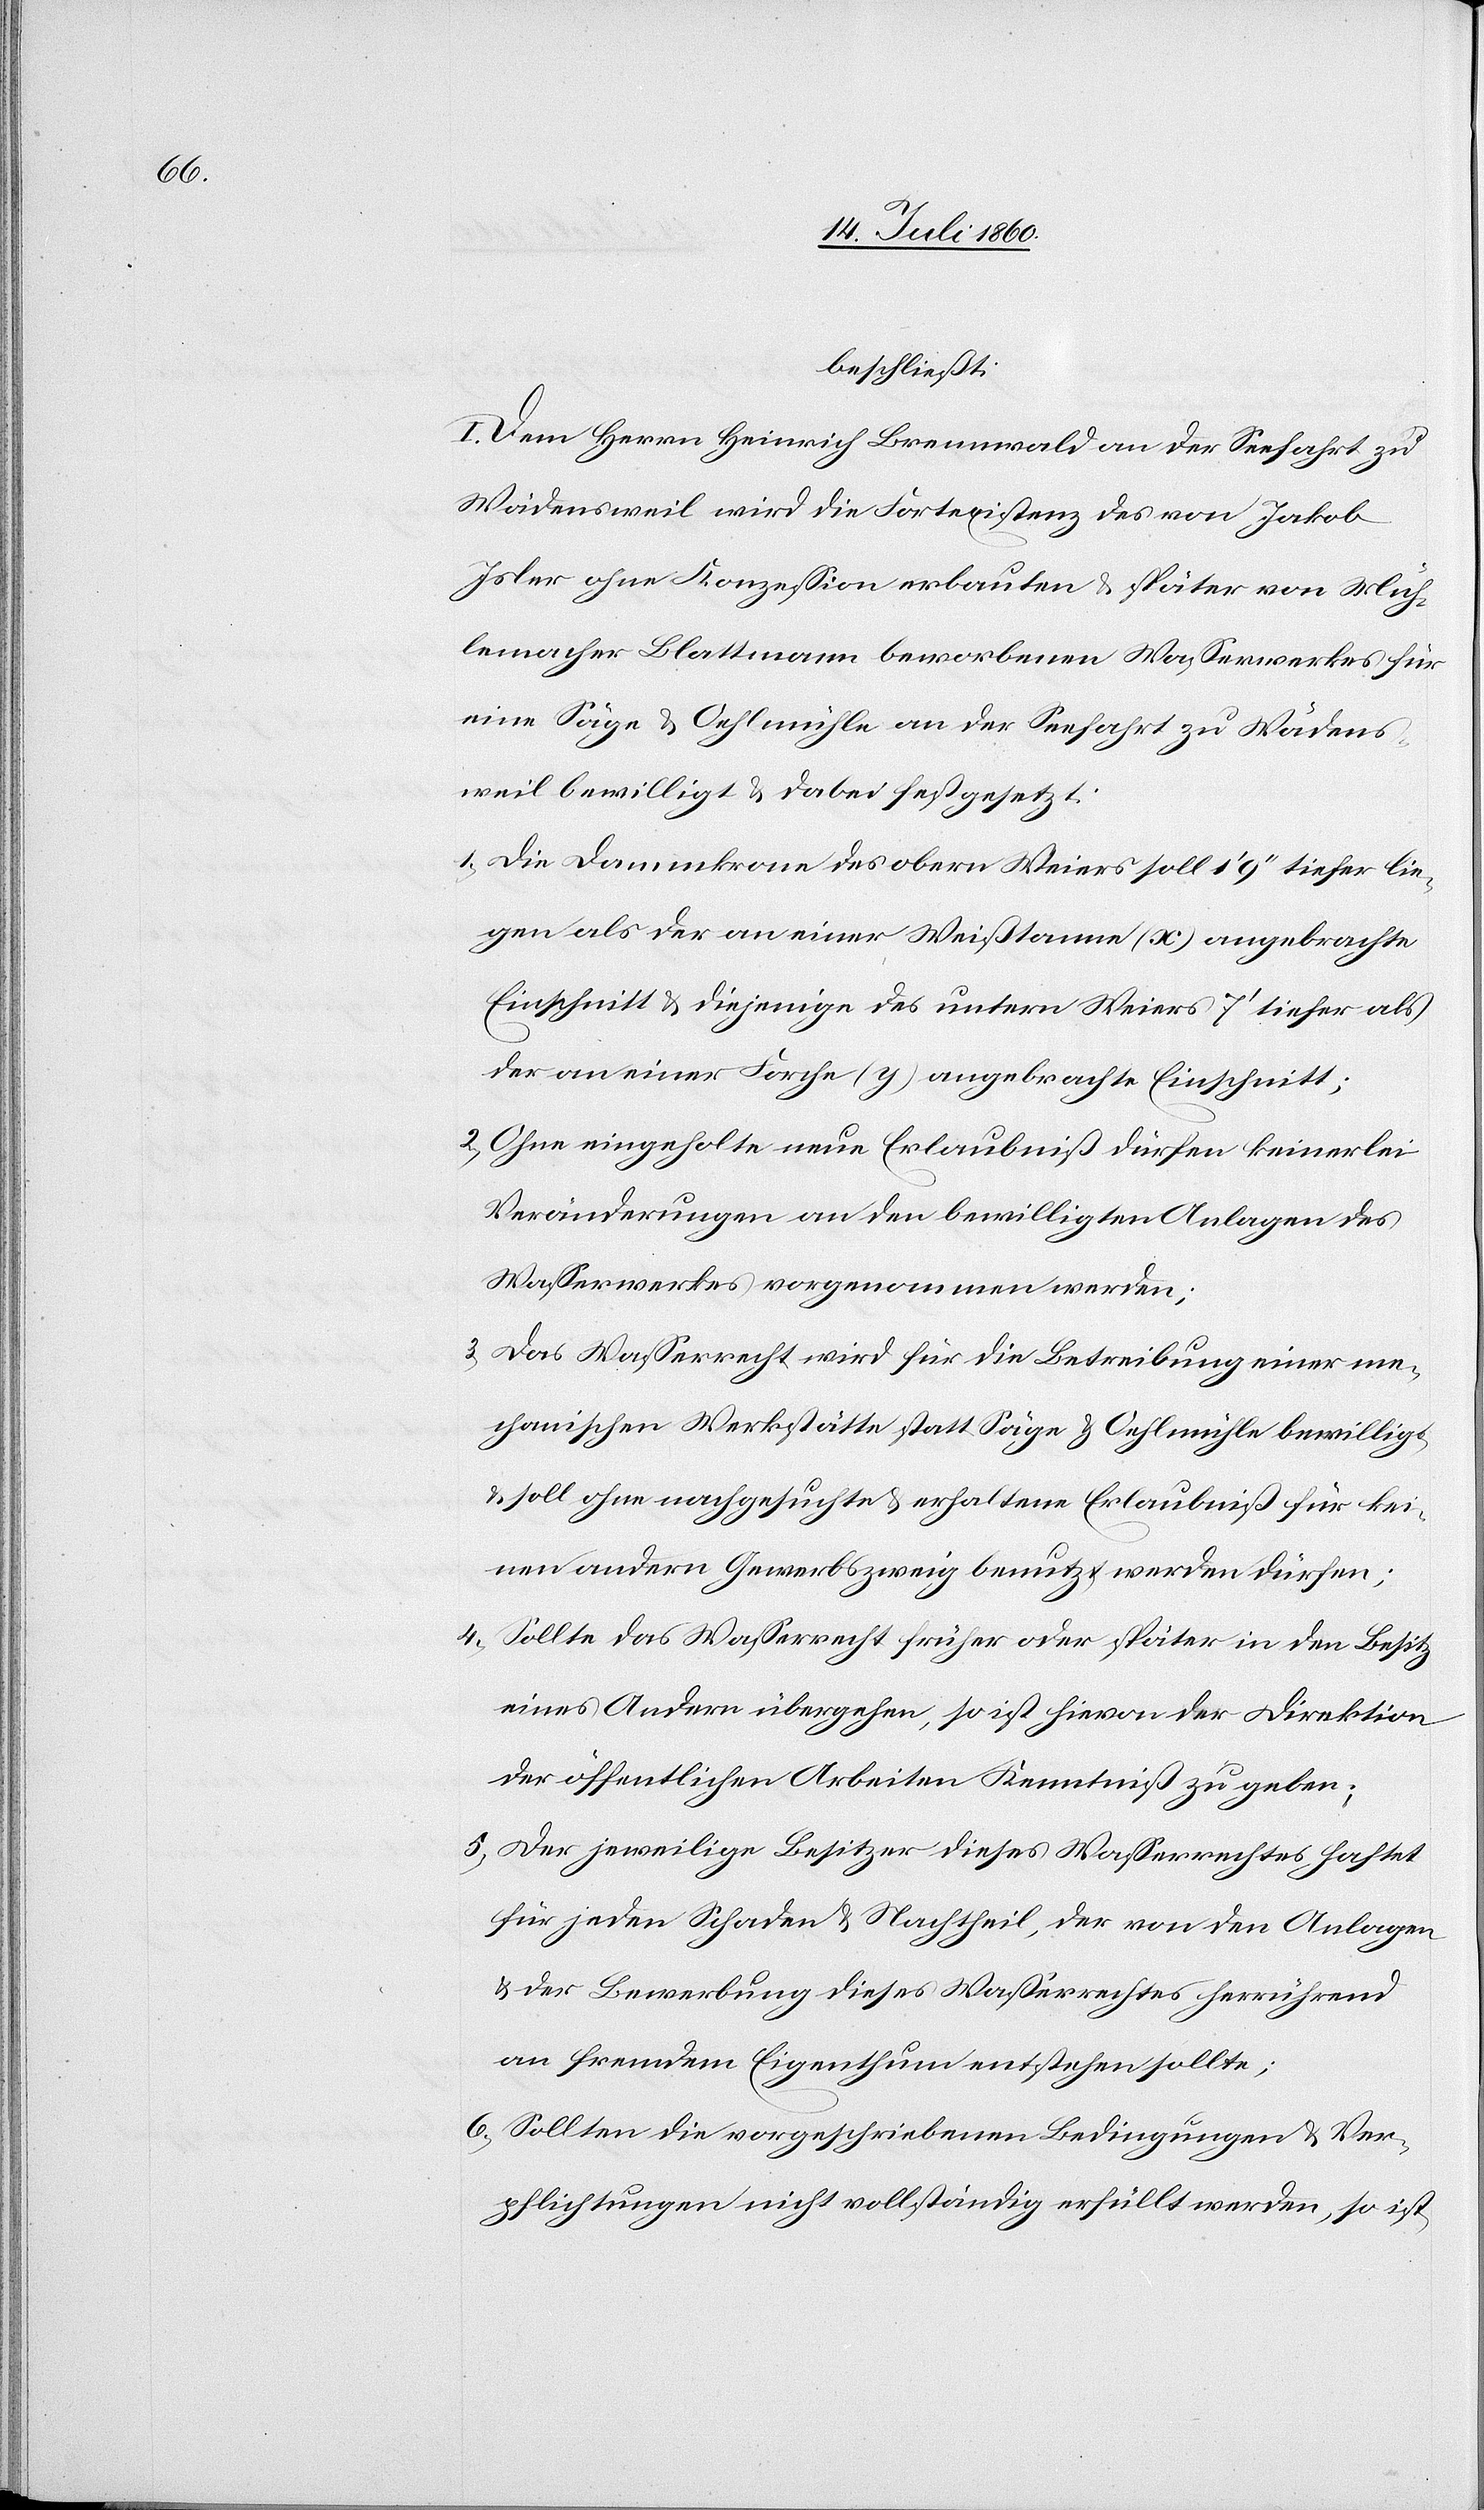
beschließt:
I. Dem Herrn Heinrich Brennwald an der Seefahrt zu
Wädensweil wird die Fortexistenz des von Jakob
Isler ohne Konzession erbauten & später von Müh¬
lemacher Blattmann beworbenen Wasserwerkes für
eine Säge & Oehlmühle an der Seefahrt zu Wädens¬
weil bewilligt & dabei festgesetzt:
1) Die Dammkrone des obern Weiers soll 1’ 9’’ tiefer lie¬
gen als der an einer Weißtanne (x) angebrachte
Einschnitt & diejenige des untern Weiers 7’ tiefer als
der an einer Forche (y) angebrachte Einschnitt;
2) Ohne eingeholte neue Erlaubniß dürfen keinerlei
Veränderungen an den bewilligten Anlagen des
Wasserwerkes vorgenommen werden;
3) Das Wasserrecht wird für die Betreibung einer me¬
chanischen Werkstätte statt Säge & Oehlmühle bewilligt
& soll ohne nachgesuchte & erhaltene Erlaubniß für kei¬
nen andern Gewerbszweig benutzt werden dürfen;
4) Sollte das Wasserrecht früher oder später in den Besitz
eines Andern übergehen, so ist hievon der Direktion
der öffentlichen Arbeiten Kenntniß zu geben;
5) Der jeweilige Besitzer dieses Wasserrechtes haftet
für jeden Schaden & Nachtheil, der von den Anlagen
& der Bewerbung dieses Wasserrechtes herrührend
an fremdem Eigenthum entstehen sollte;
6) Sollten die vorgeschriebenen Bedingungen & Ver¬
pflichtungen nicht vollständig erfüllt werden, so ist